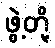
ဖွဲ့တို့